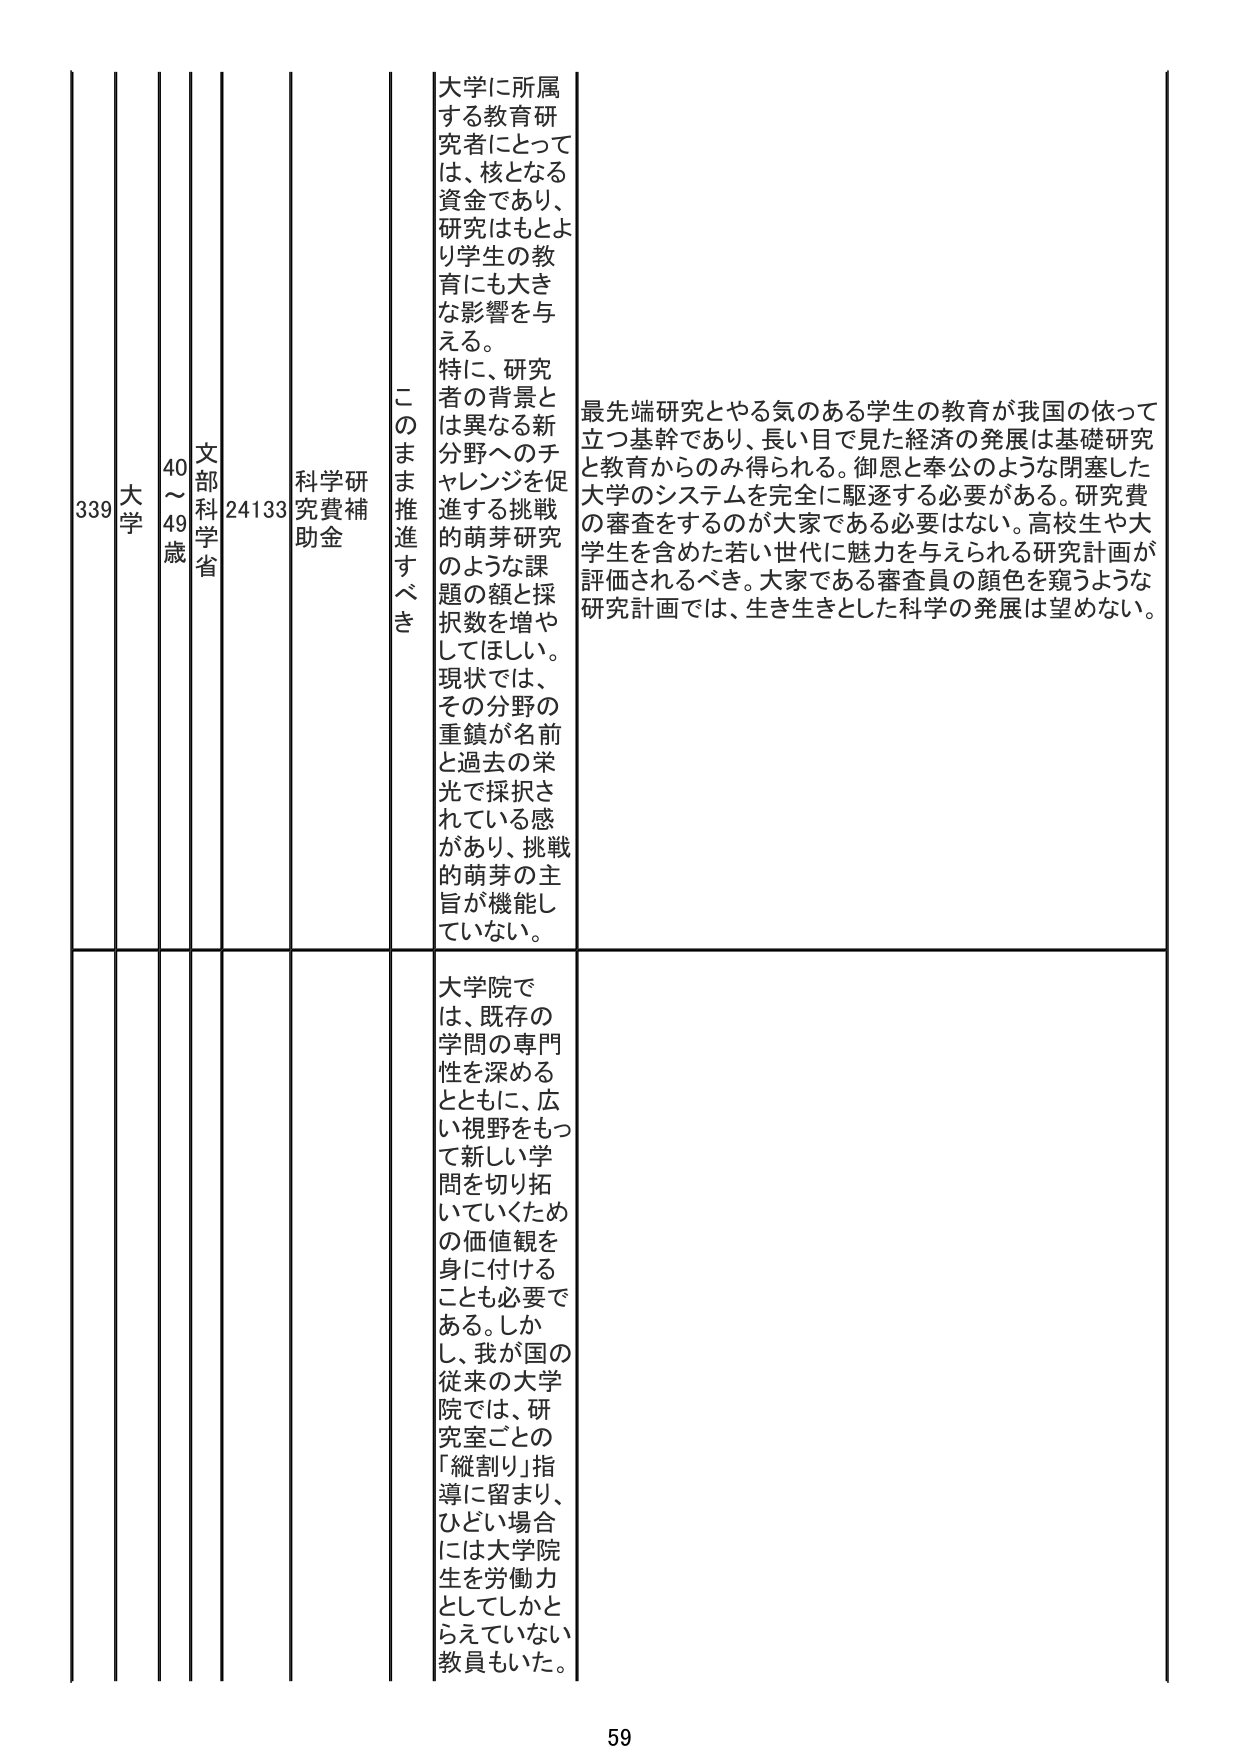
339 大学 40～49歳 文部科学省 24133 科学研究費補助金 このまま推進すべき 大学に所属する教育研究者にとっては、核となる資金であり、研究はもとより学生の教育にも大きな影響を与える。特に、研究者の背景とは異なる新分野へのチャレンジを促進する挑戦的萌芽研究のような課題の額と採択数を増やしてほしい。現状では、その分野の重鎮が名前と過去の栄光で採択されている感があり、挑戦的萌芽の主旨が機能していない。 最先端研究とやる気のある学生の教育が我国の依って立つ基幹であり、長い目で見た経済の発展は基礎研究と教育からのみ得られる。御恩と奉公のような閉塞した大学のシステムを完全に駆逐する必要がある。研究費の審査をするのが大家である必要はない。高校生や大学生を含めた若い世代に魅力を与えられる研究計画が評価されるべき。大家である審査員の顔色を窺うような研究計画では、生き生きとした科学の発展は望めない。 大学院では、既存の学問の専門性を深めるとともに、広い視野をもって新しい学問を切り拓いていくための価値観を身に付けることも必要である。しかし、我が国の従来の大学院では、研究室ごとの「縦割り」指導に留まり、ひどい場合には大学院生を労働力としてしかとらえていない教員もいた。 59